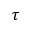
\tau